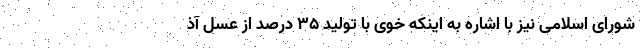
شورای اسلامی نیز با اشاره به اینکه خوی با تولید ۳۵ درصد از عسل آذ